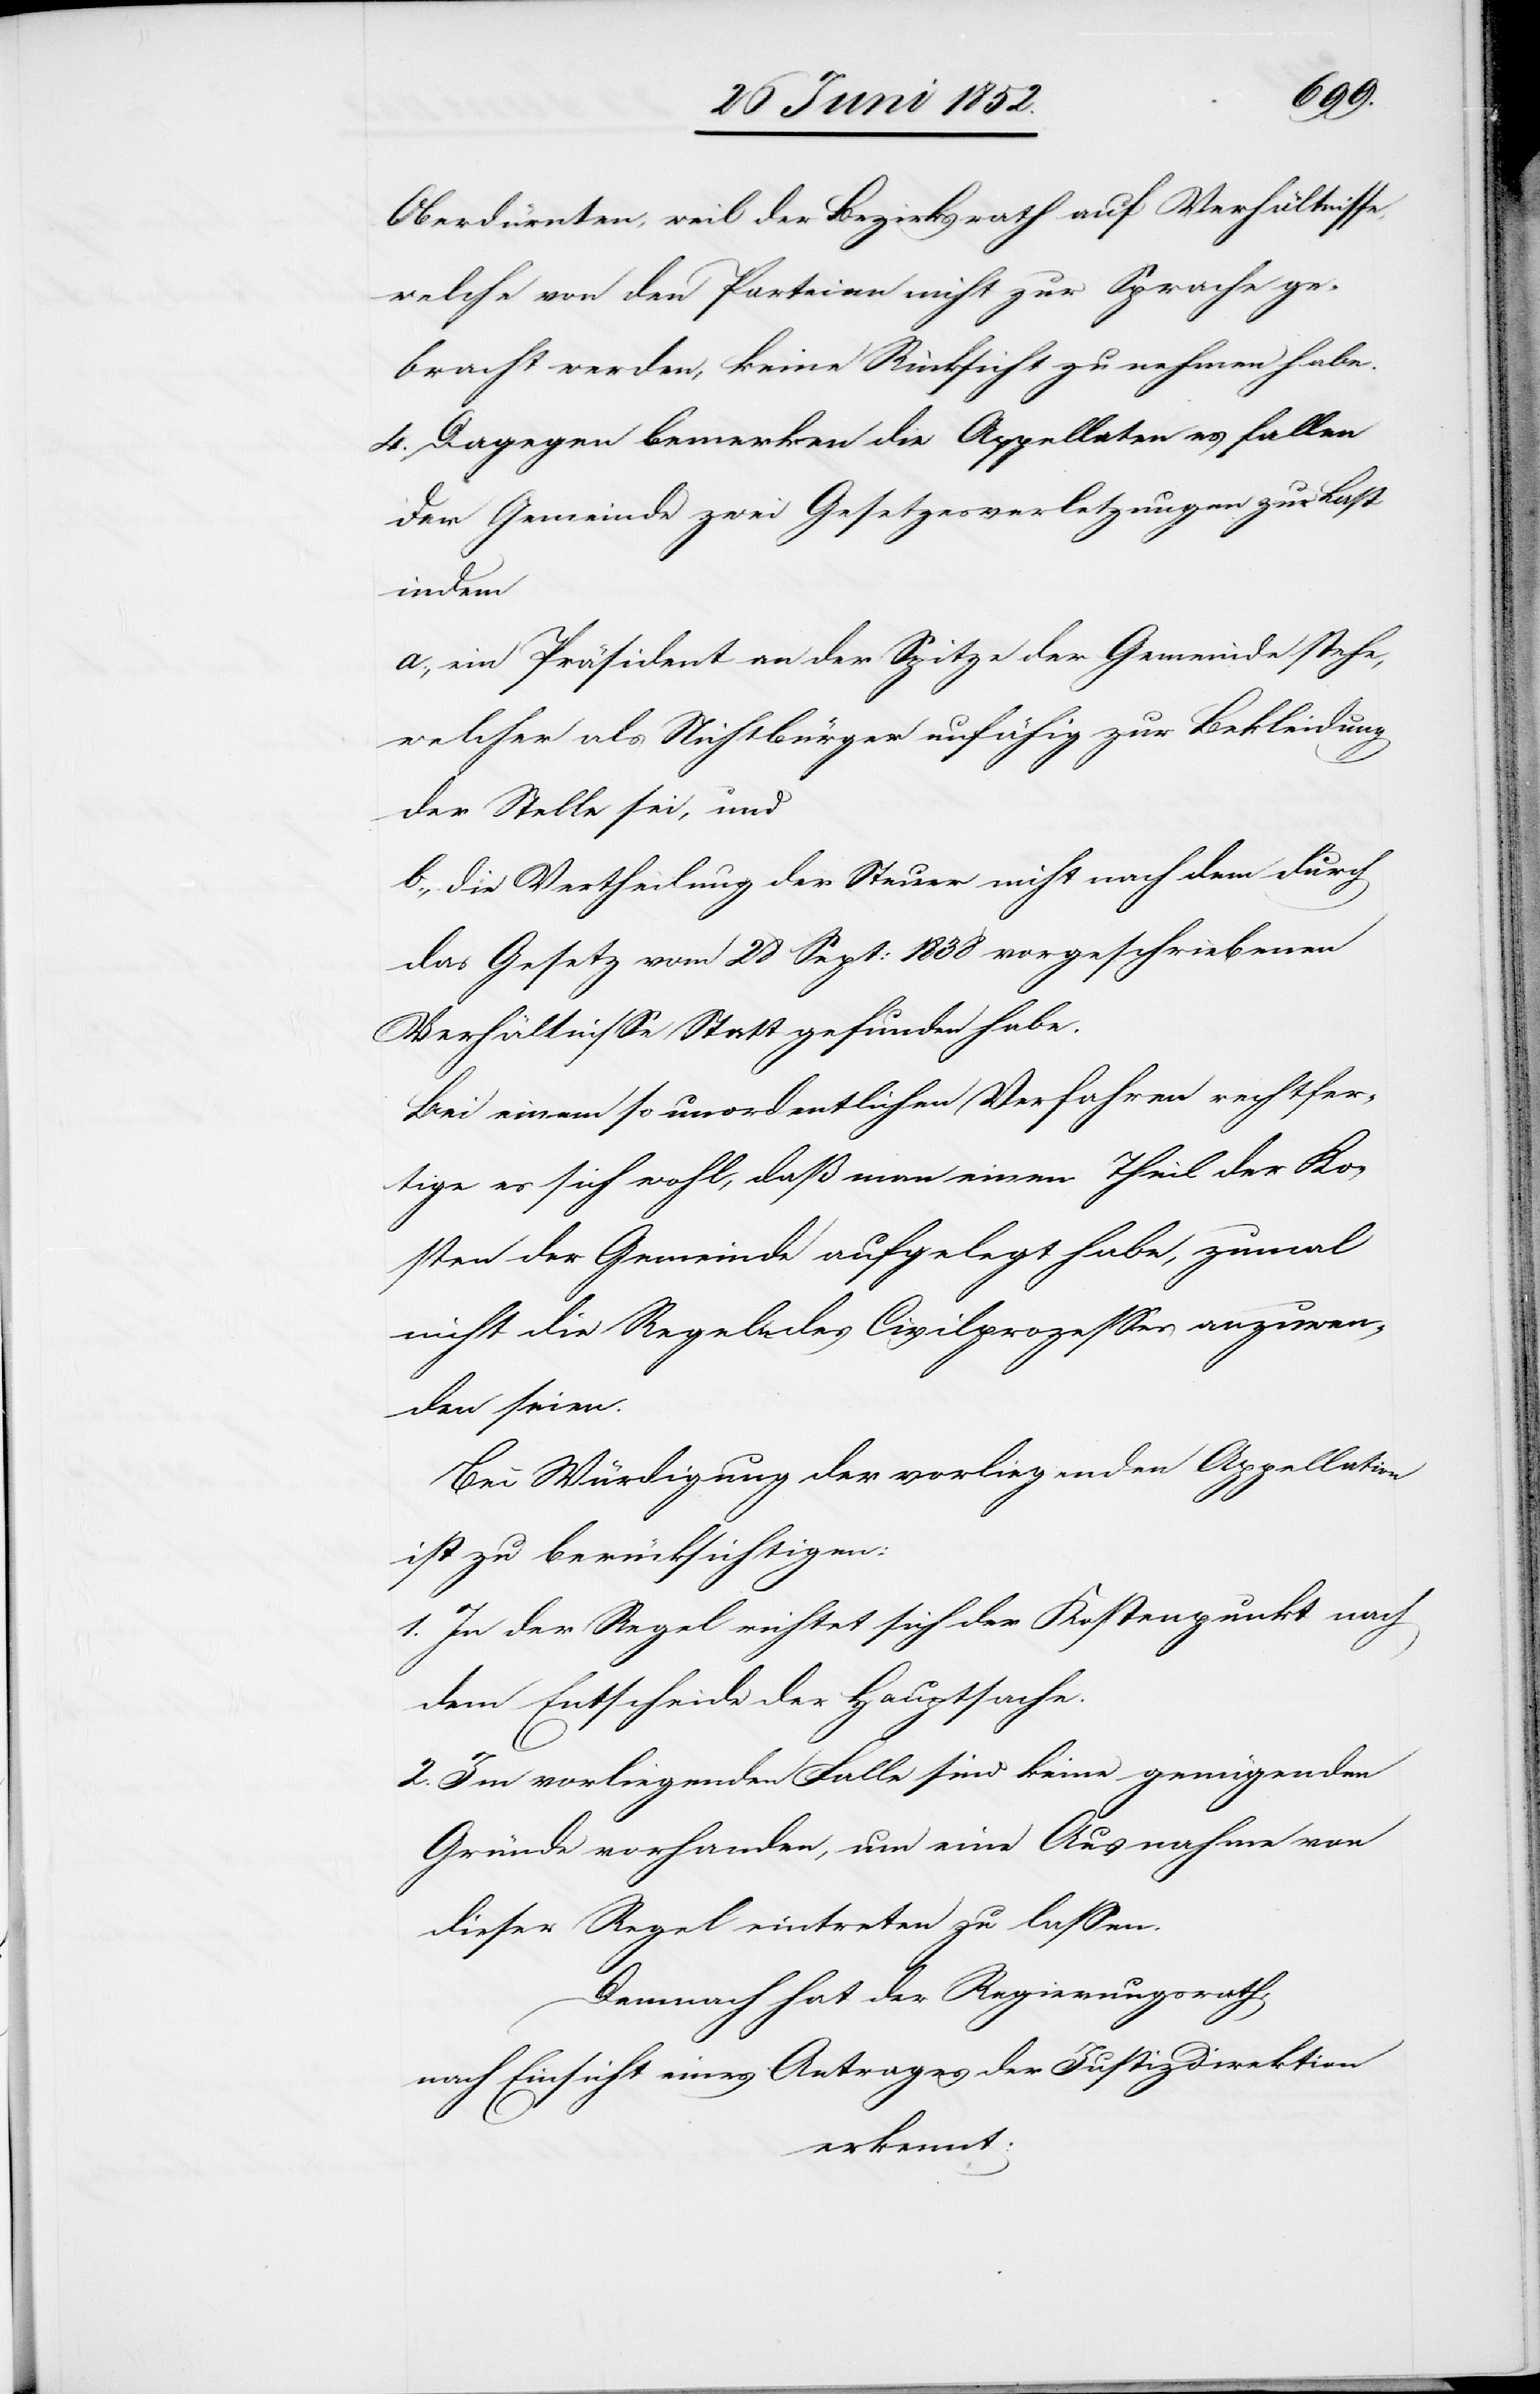
Oberdürnten, weil der Bezirksrath auf Verhältnisse,
welche von den Parteien nicht zur Sprache ge¬
bracht werden, keine Rücksicht zu nehmen habe.
4. Dagegen bemerken die Appellaten es fallen
der Gemeinde zwei Gesetzesverletzungen zur Last
indem
a., ein Präsident an der Spitze der Gemeinde stehe,
welcher als Nichtbürger unfähig zur Bekleidung
der Stelle sei, und
b., die Vertheilung der Steuer nicht nach dem durch
das Gesetz vom 28 Sept: 1838 vorgeschriebenen
Verhältnisse Statt gefunden habe.
Bei einem so unordentlichen Verfahren rechtfer¬
tige es sich wohl, daß man einen Theil der Ko¬
sten der Gemeinde aufgelegt habe, zumal
nicht die Regeln des Civilprozesses anzuwen¬
den seien.
Bei Würdigung der vorliegenden Appellation
ist zu berücksichtigen:
1. In der Regel richtet sich der Kostenpunkt nach
dem Entscheide der Hauptsache.
2. Im vorliegenden Falle sind keine genügenden
Gründe vorhanden, um eine Ausnahme von
dieser Regel eintreten zu lassen.
Demnach hat der Regierungsrath,
nach Einsicht eines Antrages der Justizdirektion
erkennt: